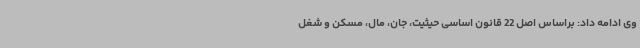
وی ادامه داد: براساس اصل 22 قانون اساسی حیثیت، جان، مال، مسکن و شغل